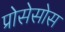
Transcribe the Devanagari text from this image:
प्रोसेसोस